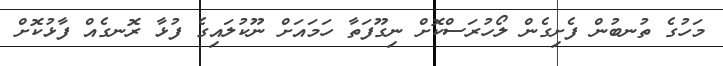
މަހުގެ ތުނބުން ފެށިގެން ލޯހުރަސްކޮށް ނިގޫފަތާ ހަމައަށް ނޫކުލައިގެ ފުޅާ ރޮނގެއް ފާޅުކޮށް